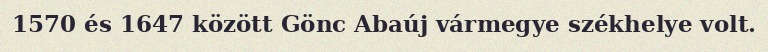
1570 és 1647 között Gönc Abaúj vármegye székhelye volt.